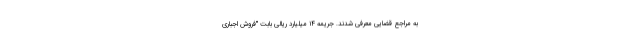
به مراجع قضایی معرفی شدند. جریمه ۱۴ میلیارد ریالی بابت "فروش اجباری